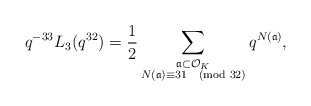
\begin{align*} q^{-33} L_{3}(q^{32}) = \frac{1}{2} \sum_{\substack{\frak{a} \subset \mathcal{O}_{K} \\ N(\frak{a}) \equiv 31 \pmod{32}}} q^{N(\frak{a})},\end{align*}